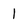
Character: l